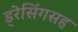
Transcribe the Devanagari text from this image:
ड्रेसिंगसह